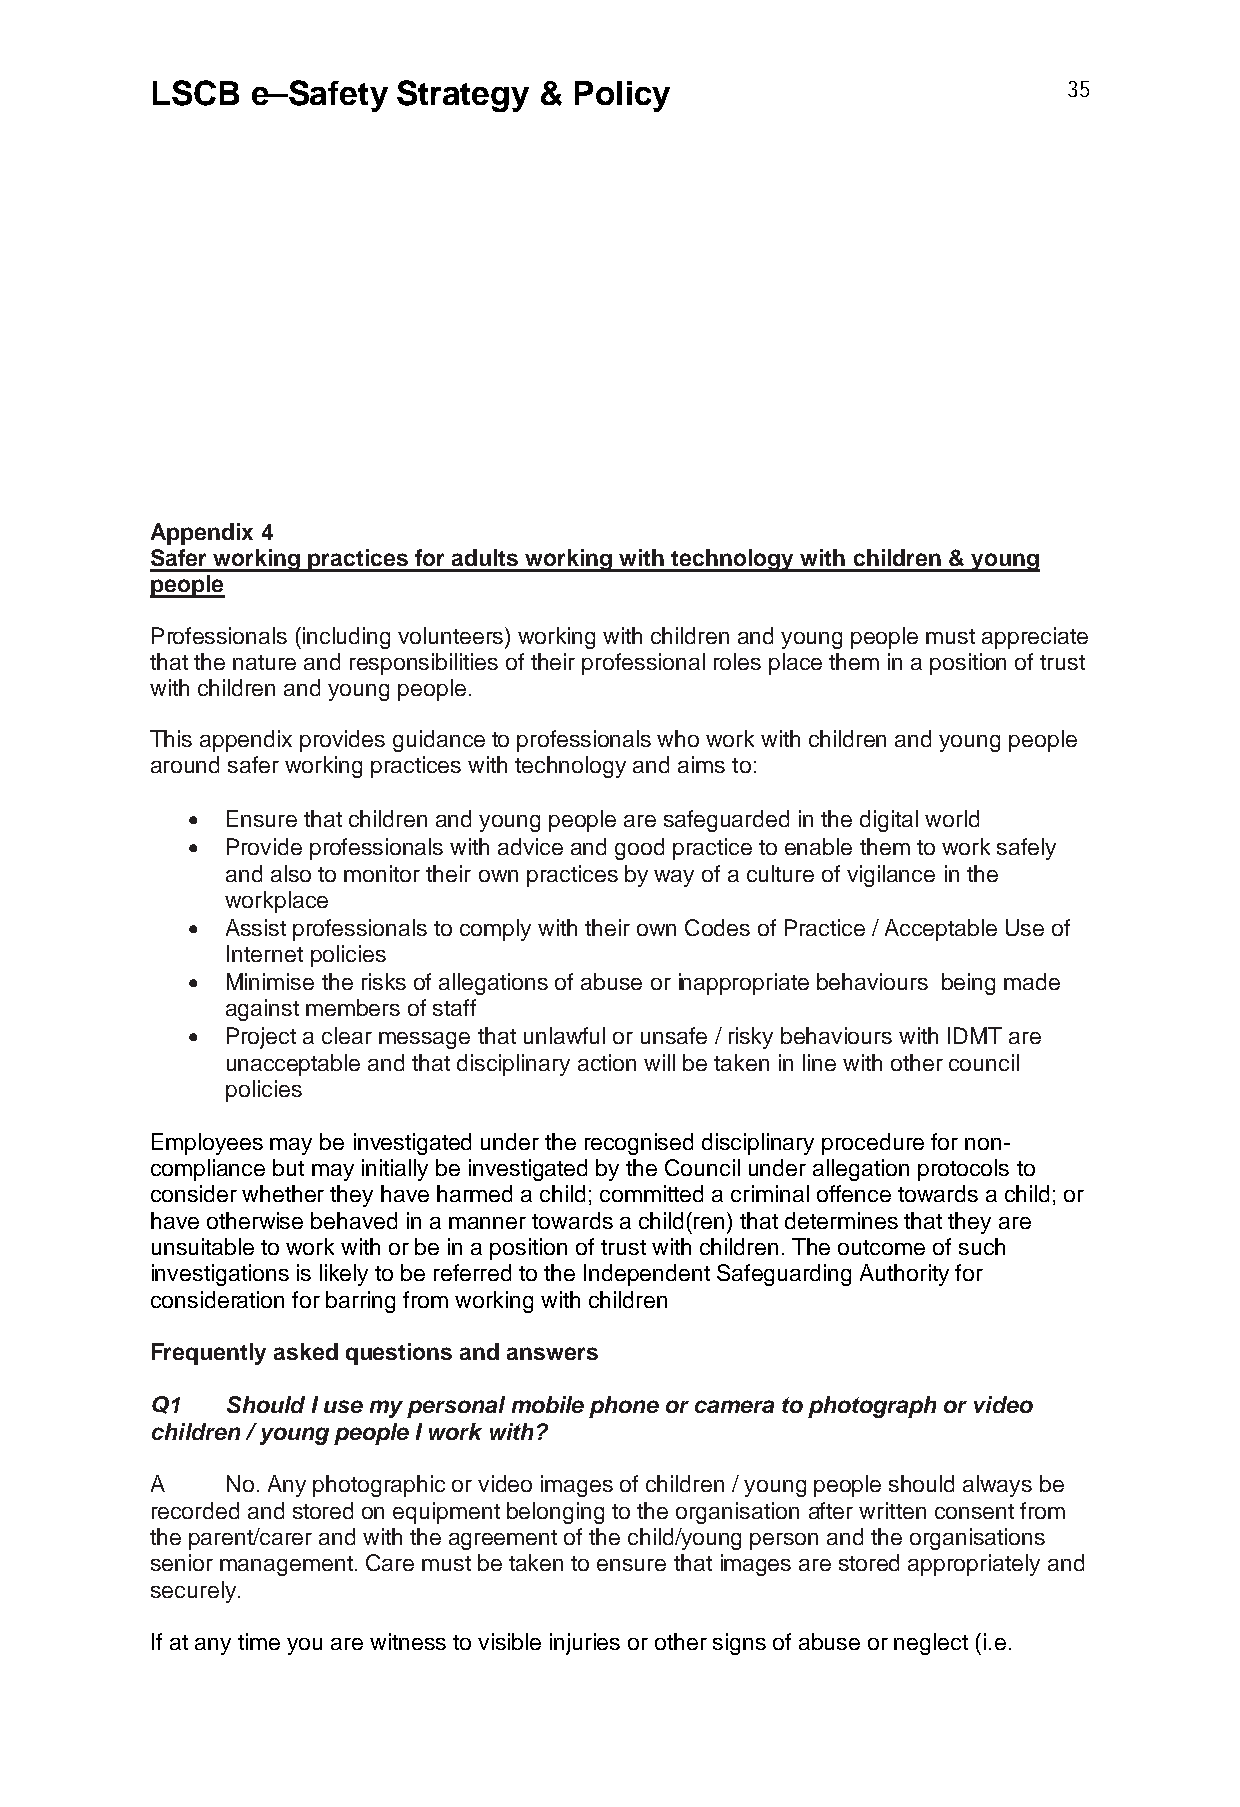
LSCB   e–Safety Strategy  & Policy                           35
 Appendix 4
 Safer working practices for adults working with technology with children & young
 people
 Professionals (including volunteers) working with children and young people must appreciate
 that the nature and responsibilities of their professional roles place them in a position of trust
 with children and young people.
 This appendix provides guidance to professionals who work with children and young people
 around safer working practices with technology and aims to:
   Ensure that children and young people are safeguarded in the digital world
   Provide professionals with advice and good practice to enable them to work safely
 and also to monitor their own practices by way of a culture of vigilance in the
 workplace
   Assist professionals to comply with their own Codes of Practice / Acceptable Use of
 Internet policies
   Minimise the risks of allegations of abuse or inappropriate behaviours being made
 against members of staff
   Project a clear message that unlawful or unsafe / risky behaviours with IDMT are
 unacceptable and that disciplinary action will be taken in line with other council
 policies
 Employees may be investigated under the recognised disciplinary procedure for non-
 compliance but may initially be investigated by the Council under allegation protocols to
 consider whether they have harmed a child; committed a criminal offence towards a child; or
 have otherwise behaved in a manner towards a child(ren) that determines that they are
 unsuitable to work with or be in a position of trust with children. The outcome of such
 investigations is likely to be referred to the Independent Safeguarding Authority for
 consideration for barring from working with children
 Frequently asked questions and answers
 Q1   Should I use my personal mobile phone or camera to photograph or video
 children / young people I work with?
 A    No. Any photographic or video images of children / young people should always be
 recorded and stored on equipment belonging to the organisation after written consent from
 the parent/carer and with the agreement of the child/young person and the organisations
 senior management. Care must be taken to ensure that images are stored appropriately and
 securely.
 If at any time you are witness to visible injuries or other signs of abuse or neglect (i.e.